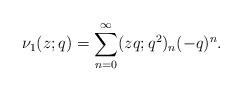
LaTeX: \begin{align*} \nu_1(z;q)=\sum_{n=0}^{\infty}(zq;q^2)_n(-q)^n. \end{align*}